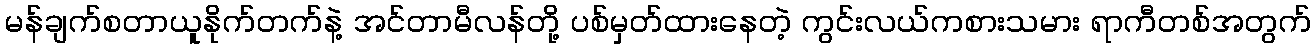
မန်ချက်စတာယူနိုက်တက်နဲ့ အင်တာမီလန်တို့ ပစ်မှတ်ထားနေတဲ့ ကွင်းလယ်ကစားသမား ရာကီတစ်အတွက်